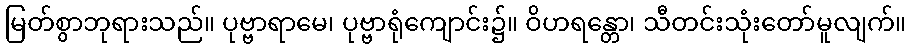
မြတ်စွာဘုရားသည်။ ပုဗ္ဗာရာမေ၊ ပုဗ္ဗာရုံကျောင်း၌။ ဝိဟရန္တော၊ သီတင်းသုံးတော်မူလျက်။